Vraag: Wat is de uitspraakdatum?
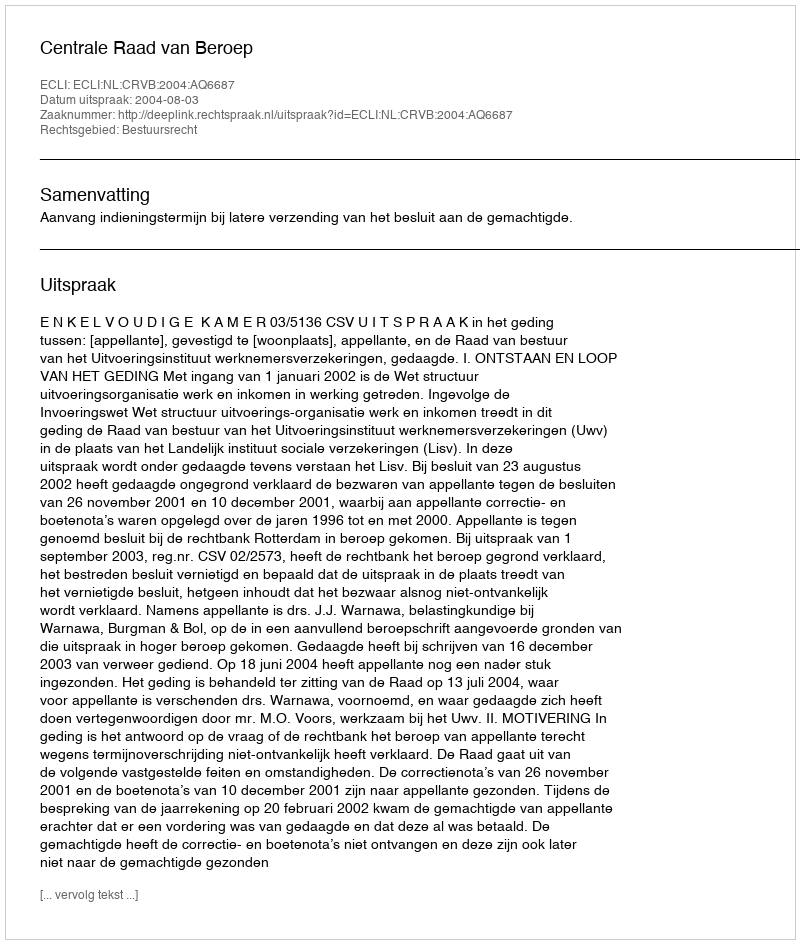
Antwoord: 2004-08-03